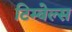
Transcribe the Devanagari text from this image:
टिम्बेल्स